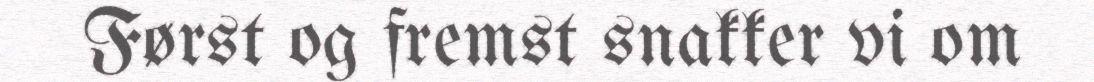
Først og fremst snakker vi om